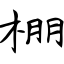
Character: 棚